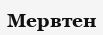
Мервтен